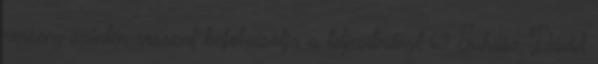
verseny szintén rosszul befolyásolja a teljesítményt 69 Juhász Dávid